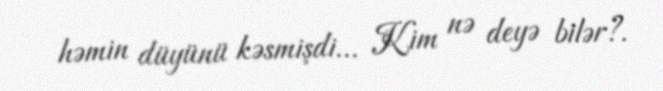
həmin düyünü kəsmişdi... Kim nə deyə bilər?.